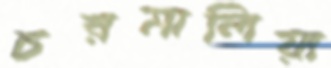
চরমালিয়া